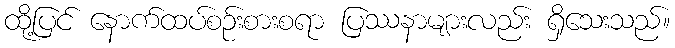
ထို့ပြင် နောက်ထပ်စဉ်းစားစရာ ပြဿနာများလည်း ရှိသေးသည်။